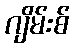
ဂျိမ်းစ်